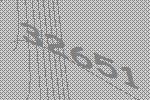
32651